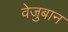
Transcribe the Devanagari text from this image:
वेजुबान